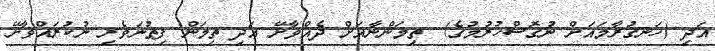
އަދި (ހަނގުރާމައަށް ނުގޮސްހުރުމުގެ)  ތިމަންނާއަށް ދެއްވާށޭ އަދި ތިމަން ފިތުނަވެރި ނުކުރައްވާށޭ